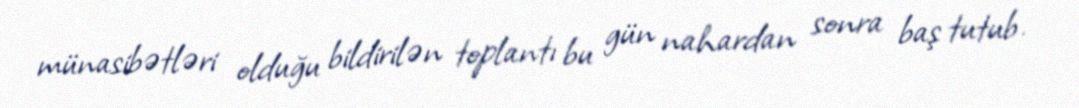
münasibətləri olduğu bildirilən toplantı bu gün nahardan sonra baş tutub.